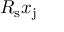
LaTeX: R _ { \mathrm { s } } x _ { \mathrm { j } }